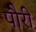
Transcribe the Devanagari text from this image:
पौरी